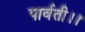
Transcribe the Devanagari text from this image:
पार्वती।।